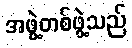
အဖွဲ့တစ်ဖွဲ့သည်